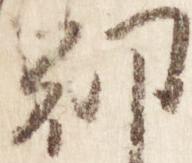
朝